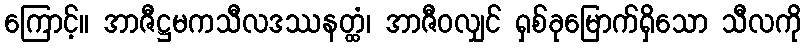
ကြောင့်။ အာဇီဋ္ဌမကသီလဒဿနတ္ထံ၊ အာဇီဝလျှင် ရှစ်ခုမြောက်ရှိသော သီလကို